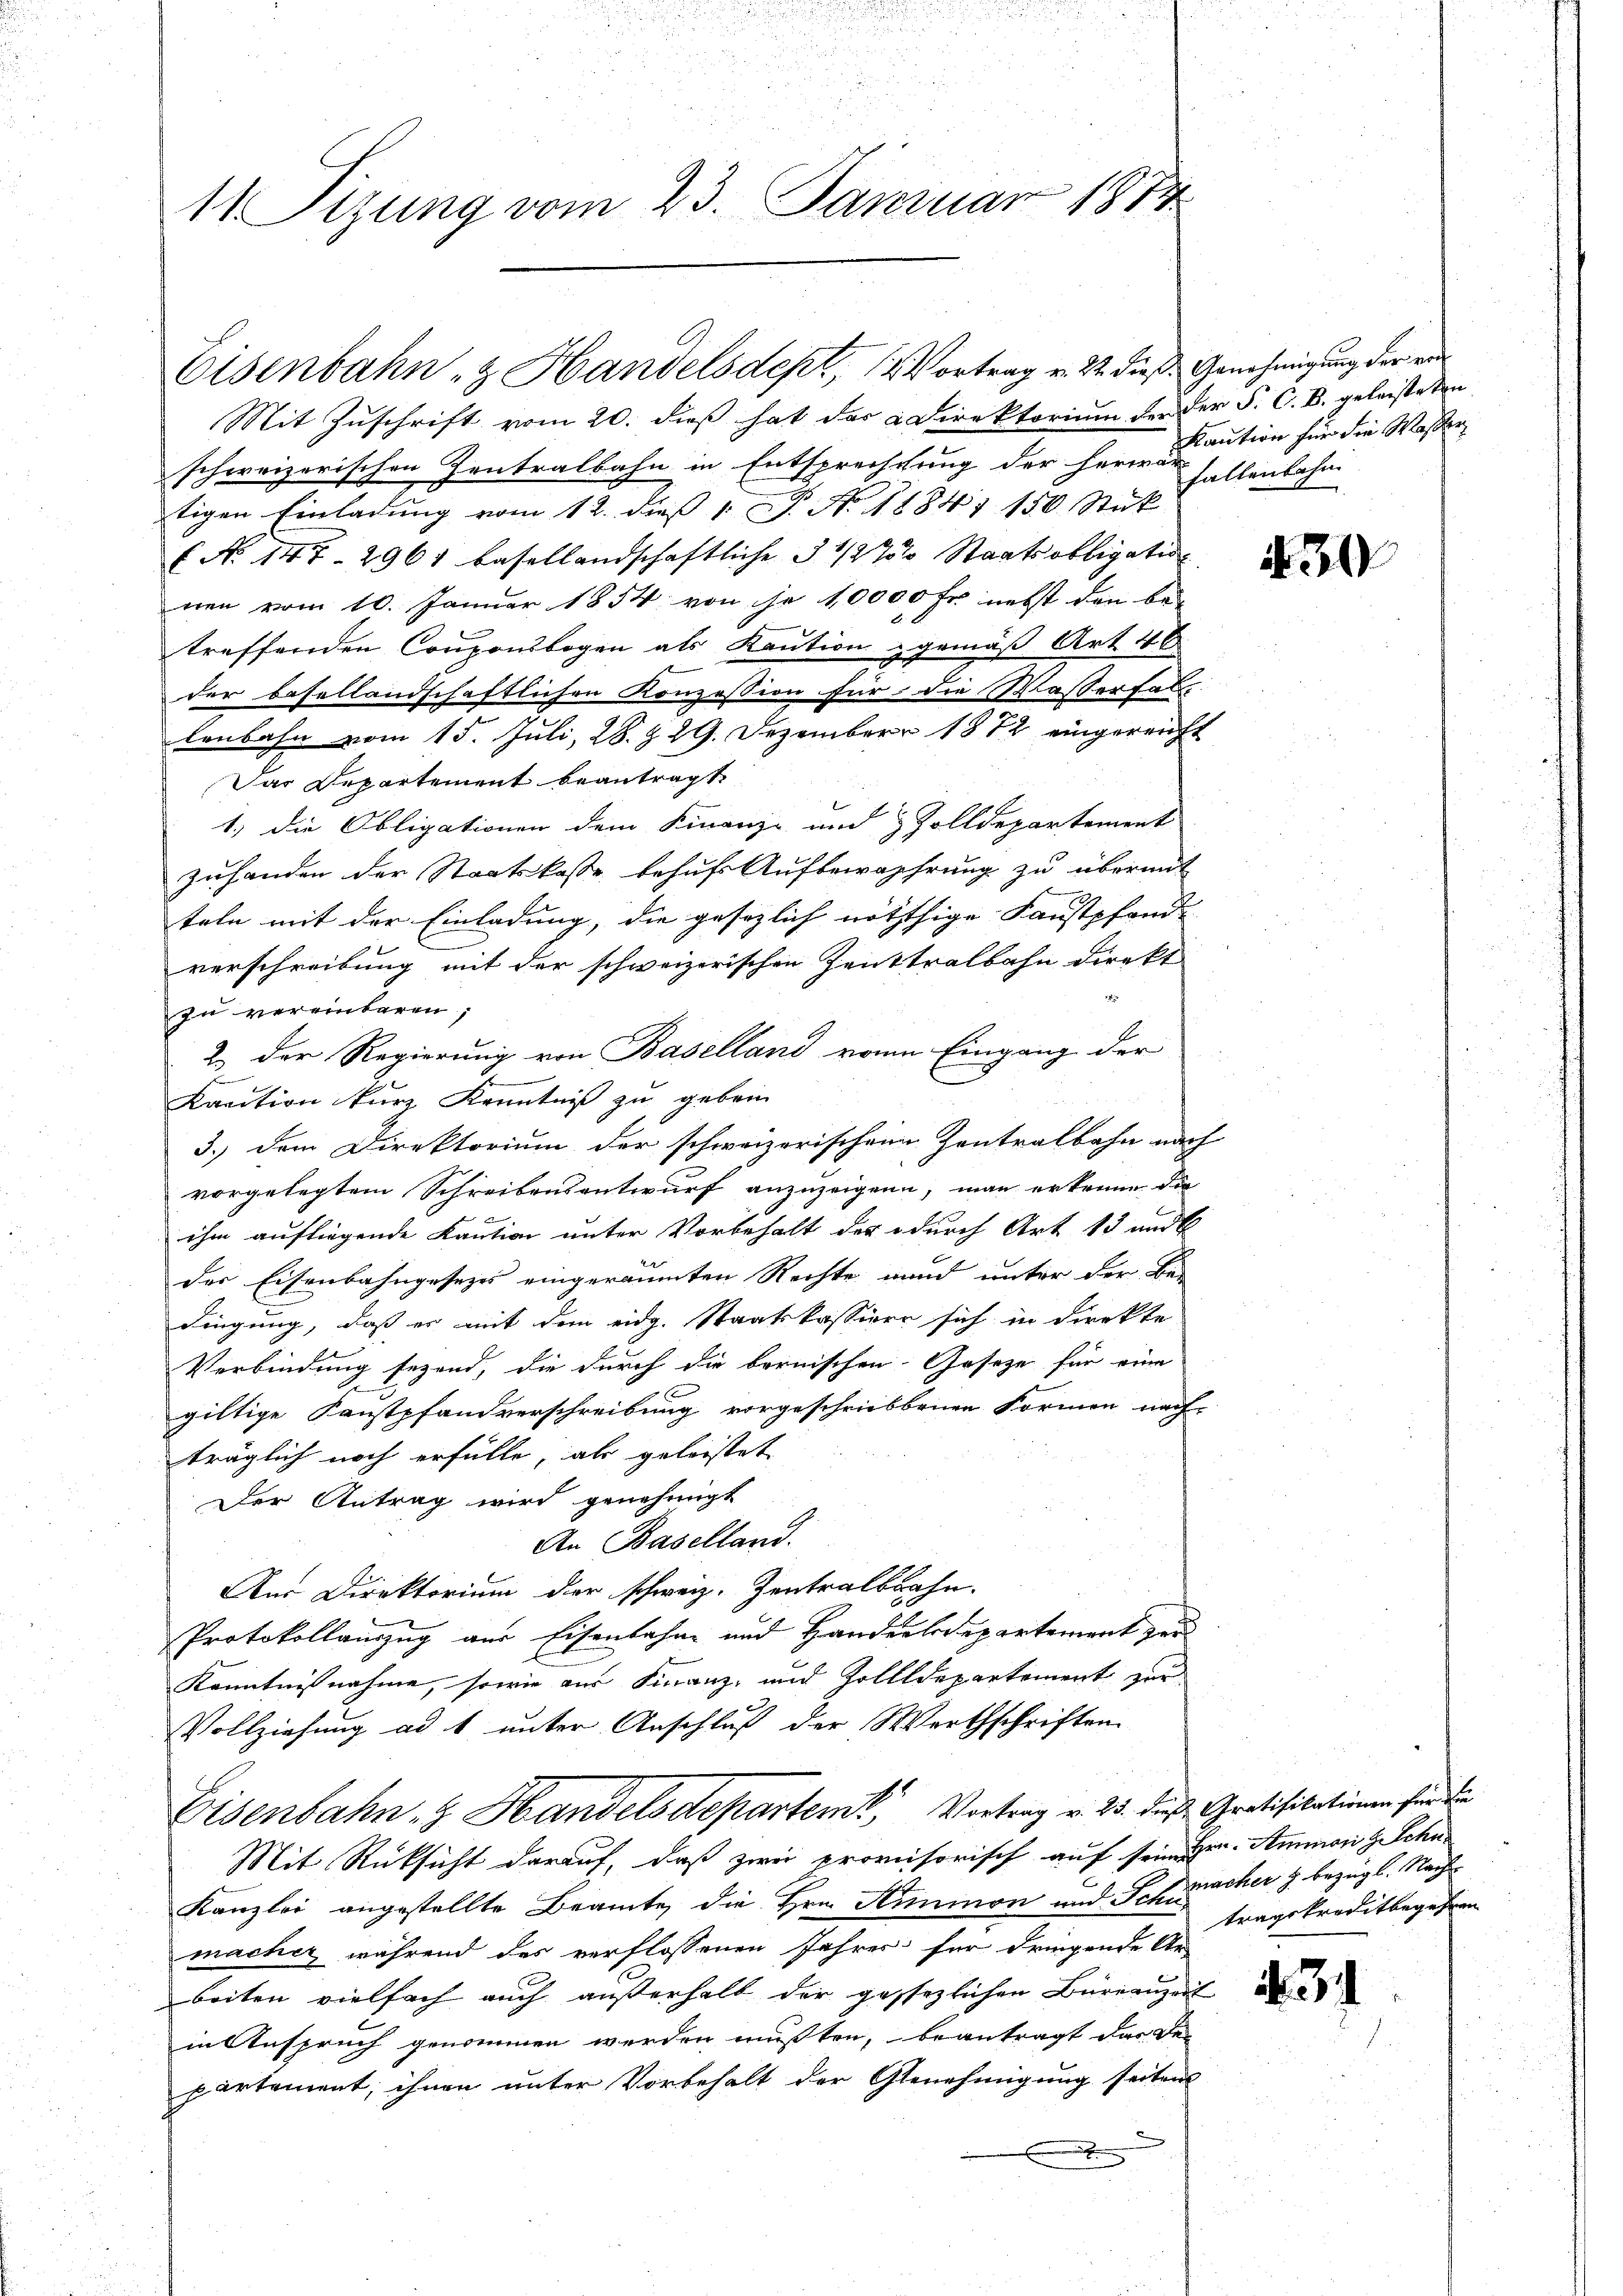
11 Stzung vom 23. Januar 1874

Mit Zuschrift vom 20. dieß hat das Direktorium der der P. C. B. geleisteten
schweizerischen Zentralbahn in Entsprechthung der Herr Caution für die Wassen
tigen Einladung vom 12. dieß 1. No. 18841 150 Stük
f No 147. 2961 basellandschaftliche 3 1/2 % Staatsobligation
nen vom 10. Januar 1854 von je 10000 Fr. nebst den be-
treffenden Couponsbogen als Kaution gemäß Art. 46
der besellandschaftlichen Konzession für die Wasserfal
lenbahn vom 15. Juli, 28. Z. 29. Dezember 1872 eingereicht
Das Departement beantragt,
1.) Die Obligationen dem Finanz- und & Zolldepartement
zuhanden der Staatskasse behufs Aufbewahrung zu übermit
teln mit der Einladung, die gesezlich nöththige Kaustpfand- |
verschreibung mit der schweizerischen Zenttralbahn direkt
zu vereinbaren;
2. Der Regierung von Baselland von Eingang der
Kanction kurz Kenntniß zu geben.
3.) Dem Direktorium der schweizerischen Zentralbahn nach
vorgelegtem Schreibensentwurf anzuzeigene, man erkenne die
f
ihm aufliegende Kaution unter Vorbehalt der durch Art 13 und
des Eisenbahngesezes eingeräumten Rechte und unter der Be-
dingung, daß es mit dem eidg. Staatskassiert sich in Direkte
Verbindung sezend, die durch die bernischen Gesetze für eine
giltige Kunstpfandverschreibung vorgeschriebbenen Formen nach
träglich noch erfülle, als geleistet
Der Antrag wird genehmigt
An Baselland.
Am Direktorium der schweiz. Zentralbahn.
Protokollauszug aus Eisenbahre und Handerledepartement zur
Kenntnisnahme, sowie aus Finanz- und Zollldepartement zur
Vollziehung ad 1 unter Anschluß der Werthschriften.
Eisenbahn- & Handelsdepartem Vortrag v. 25. dieß Gratifikationen für die
Mit Rüksicht darauf, daß zwei provisorisch auf sein Hrn. Ammon H. Schn
Kanzlei angestellte Beamte, die Hrn. Simon und Schwächer z. bezügl. Nachmacher während des verflossenen Jahres für dringende Ar
beiten vielfach auch außerhalb der gesezlichen Büreauzeit
in Anspruch genommen werden mußten, beantragt das der
partement, ihnen unter Vorbehalt der Genehmigung seiten
x

Eisenbahn- & Handelsdept, 1 Vortrag v. 22. dieß. Genehmigung der ein

hallenbahn

E

430

tragskreditbegehren

.34